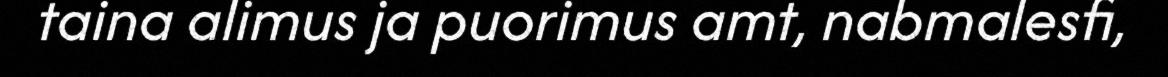
taina alimus ja puorimus amt, nabmalesfi,